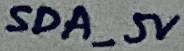
Text: SDA_5V